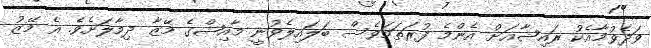
ވަދެވުމާއެކު ރައިޝާއަށް އެންމެ ފުރަތަމަވެސް ބަލައިލެވުނީ މާއިޝްގެ މޭޒާ ދިމާލަށެވެ. އެ މޭޒު